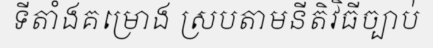
ទីតាំងគម្រោង ស្របតាមនីតិវិធីច្បាប់